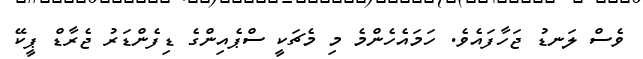
ވެސް ލަނޑު ޖަހާފައެވެ. ހަމައެހެންމެ މި މެޗަކީ ސްޕެއިންގެ ޑިފެންޑަރު ޖެރާޑް ޕީކޭ